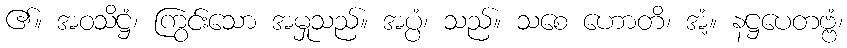
၏။ အဝသိဋ္ဌံ၊ ကြွင်းသော အမှုသည်။ အပ္ပံ၊ သည်။ သစေ ဟောတိ၊ အံ့။ နဋ္ဌပေတဗ္ဗံ၊